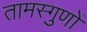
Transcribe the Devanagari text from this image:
तामस्गुणों